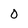
Character: 0